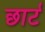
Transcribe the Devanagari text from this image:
छार्ट